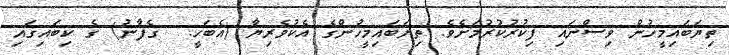
ތިޔަބައިމީހުން ވިސްނައި ފިކުރުކުރުމަށެވެ. ތިޔަބައިމީހުންގެ އެކުވެރިޔާ (އެބަހީ:  ގެފާނު) ގެ ކިބައިގައި